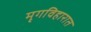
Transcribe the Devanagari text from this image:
मृगविहारात